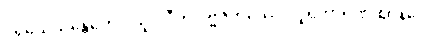
ပရိယေသန္တေဟေဝ ယူပါဒီဟိ ပဗ္ဗဇိတဿေဝ ဒူရကာရဏံ ဈာနံပေ